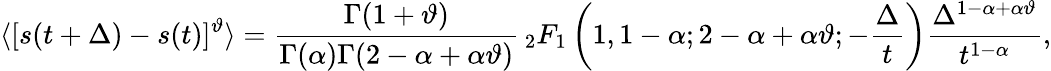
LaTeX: \langle[s(t+\Delta)-s(t)]^{\vartheta}\rangle=\frac{\Gamma(1+\vartheta)}{\Gamma(\alpha)\Gamma(2-\alpha+\alpha\vartheta)}\, _{2}F_{1}\left(1,1-\alpha;2-\alpha+\alpha\vartheta;-\frac{\Delta}{t}\right)\frac{\Delta^{1-\alpha+\alpha\vartheta}}{t^{1-\alpha}},